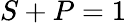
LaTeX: S+P=1